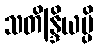
သတိန္ဒြိယမ္ပိ